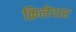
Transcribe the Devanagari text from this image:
क़िलेदार